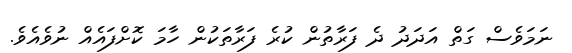
ނަމަވެސް ގަތް އަދަދު ދެ ފަރާތުން ކުރެ ފަރާތަކުން ހާމަ ކޮށްފައެއް ނުވެއެވެ.